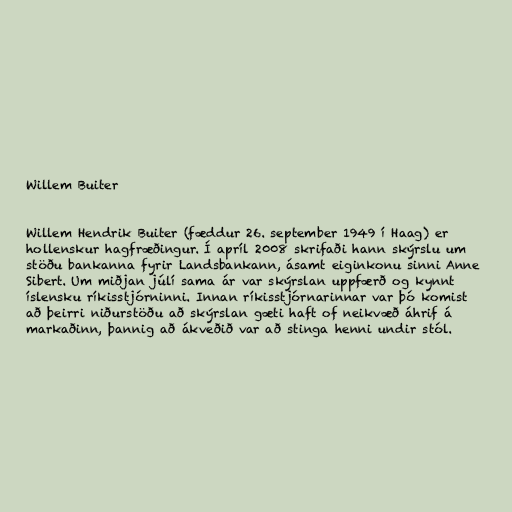
Willem Buiter

Willem Hendrik Buiter (fæddur 26. september 1949 í Haag) er
hollenskur hagfræðingur. Í apríl 2008 skrifaði hann skýrslu um
stöðu bankanna fyrir Landsbankann, ásamt eiginkonu sinni Anne
Sibert. Um miðjan júlí sama ár var skýrslan uppfærð og kynnt
íslensku ríkisstjórninni. Innan ríkisstjórnarinnar var þó komist
að þeirri niðurstöðu að skýrslan gæti haft of neikvæð áhrif á
markaðinn, þannig að ákveðið var að stinga henni undir stól.